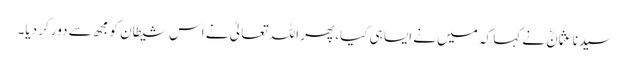
سیدنا عثمانؓ نے کہا کہ میں نے ایسا ہی کیا، پھر اللہ تعالیٰ نے اس شیطان کو مجھ سے دور کر دیا۔